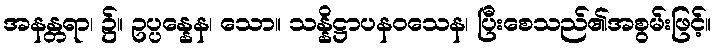
အနန္တရာ၊ ၌။ ဥပ္ပန္နေန၊ သော။ သန္နိဋ္ဌာပနဝသေန၊ ပြီးစေသည်၏အစွမ်းဖြင့်။